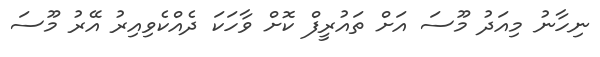
ނިހާނު މިއަދު މޫސަ އަށް ތައުރީފް ކޮށް ވާހަކަ ދެއްކެވިއިރު އޭރު މޫސަ